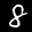
Label: 8